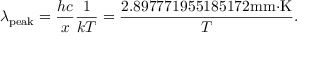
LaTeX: \lambda _ { \mathrm { p e a k } } = { \frac { h c } { x } } { \frac { 1 } { k T } } = { \frac { 2 . 8 9 7 7 7 1 9 5 5 1 8 5 1 7 2 { \mathrm { m m } } { \cdot } { \mathrm { K } } } { T } } .